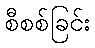
စီစစ်ခြင်း